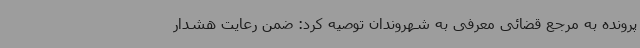
پرونده به مرجع قضائی معرفی به شهروندان توصیه کرد: ضمن رعایت هشدار